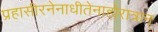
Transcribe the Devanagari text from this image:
प्रहासीरनेनाधीतेनाहोरात्रान्